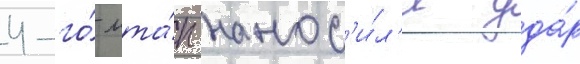
4-го́ мта́п нанос'и́л'и уда́р